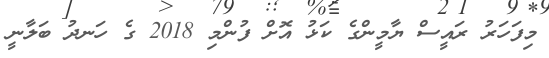
މިފަހަރު ރައީސް ޔާމީންގެ ކަޅު އޮށް ފުންމި 2018 ގެ ހަނދު ބަލާނީ